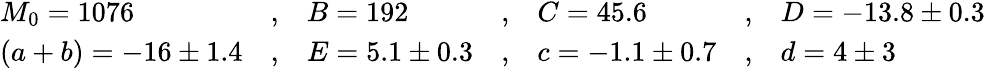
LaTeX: \begin{array}{lclclcl}{{M_{0}=1076}}&{{,}}&{{B=192}}&{{,}}&{{C=45.6}}&{{,}}&{{D=-13.8\pm 0.3}}\\ {{(a+b)=-16\pm 1.4}}&{{,}}&{{E=5.1\pm 0.3}}&{{,}}&{{c=-1.1\pm 0.7}}&{{,}}&{{d=4\pm 3}}\end{array}